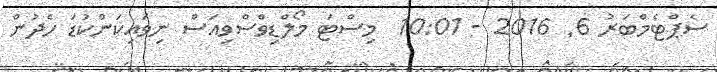
ސެޕްޓެމްބަރު 6